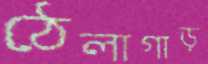
ঠেলাগাড়